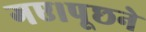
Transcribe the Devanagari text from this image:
गए।पूछने